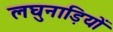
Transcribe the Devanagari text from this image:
लघुनाड़ियों